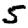
Digit: 5